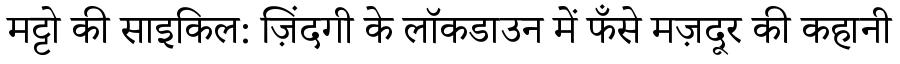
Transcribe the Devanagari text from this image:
मट्टो की साइकिल: ज़िंदगी के लॉकडाउन में फँसे मज़दूर की कहानी